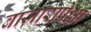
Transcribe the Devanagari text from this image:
बाजारापेक्षा